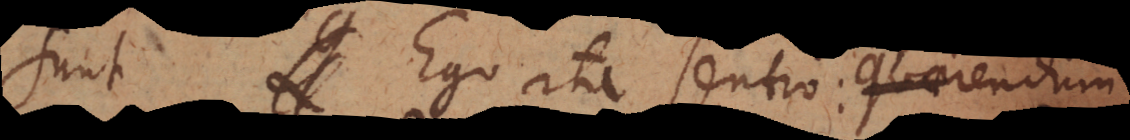
sunt. Ego ita sentio: quaerendum